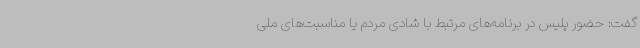
گفت: حضور پلیس در برنامه‌های مرتبط با شادی مردم یا مناسبت‌های ملی